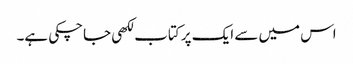
اس میں سے ایک پر کتاب لکھی جاچکی ہے۔